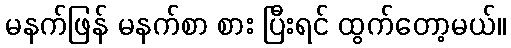
မနက်ဖြန် မနက်စာ စား ပြီးရင် ထွက်တော့မယ်။